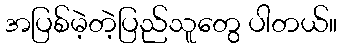
အပြစ်မဲ့တဲ့ပြည်သူတွေ ပါတယ်။